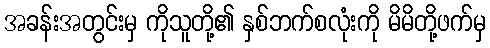
အခန်းအတွင်းမှ ကိုသူတို့၏ နှစ်ဘက်စလုံးကို မိမိတို့ဖက်မှ